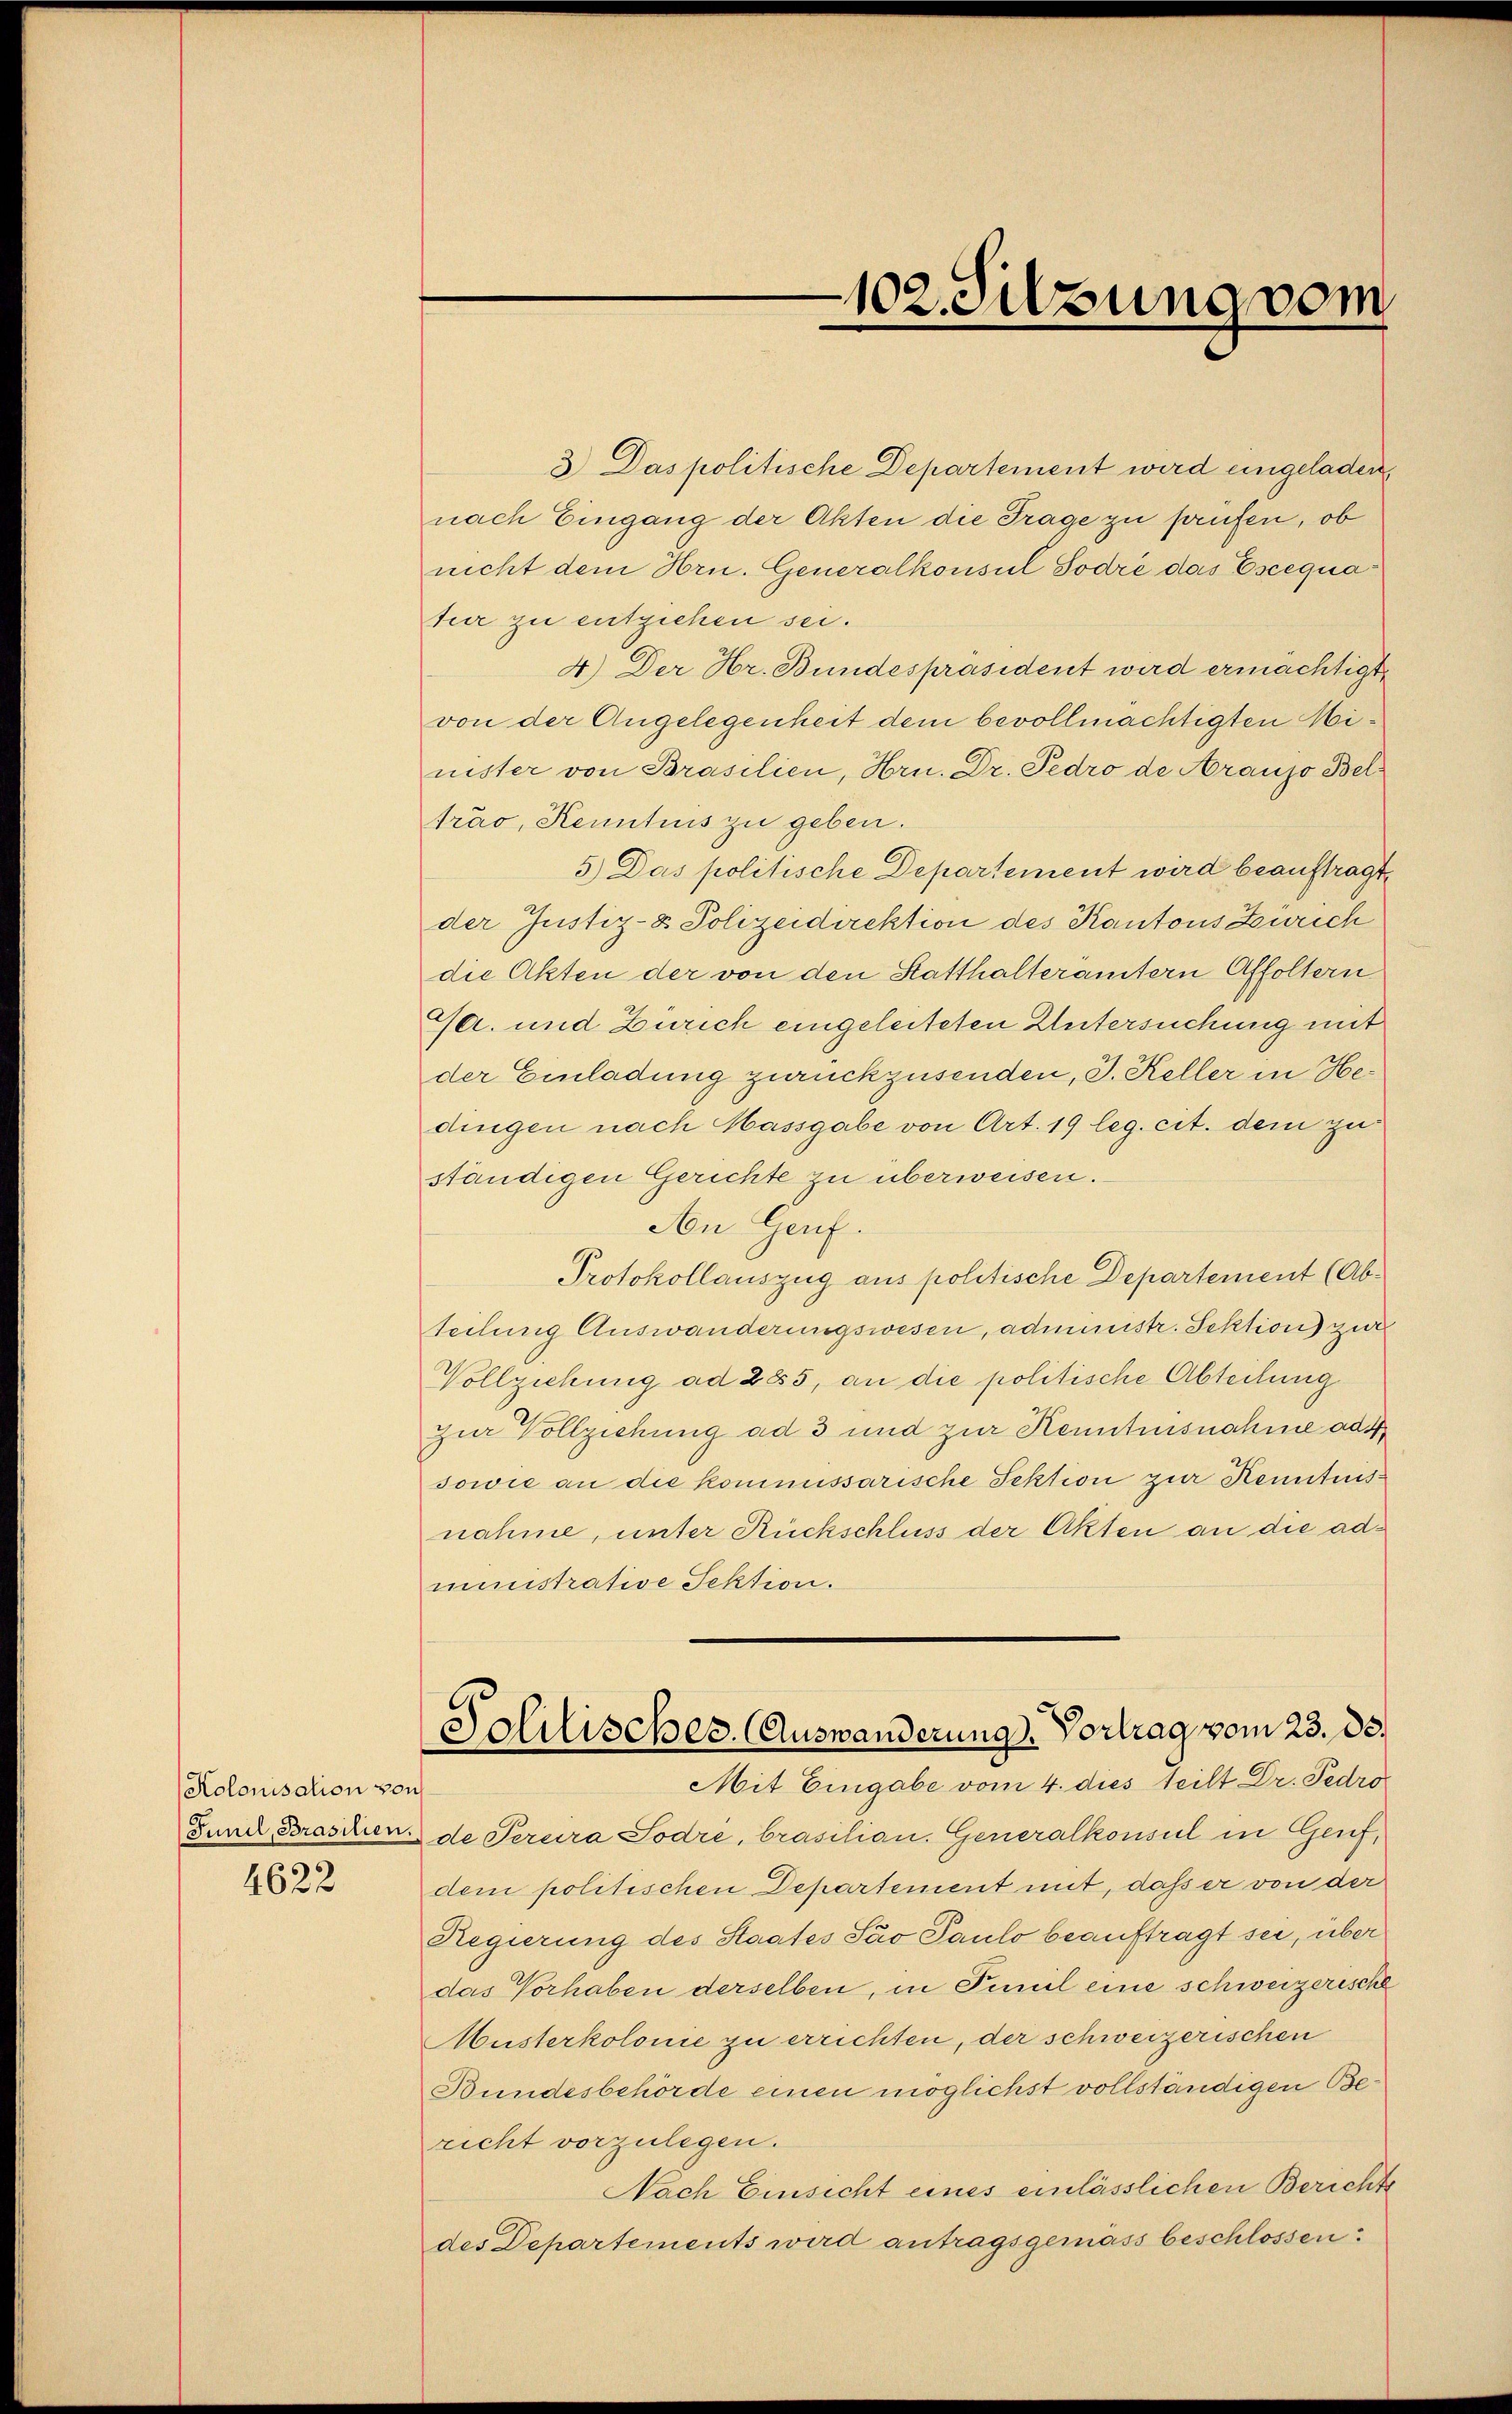
Kolonisation von
4622

102. Silzung vom

3.) Das politische Departement wird eingeladen
nach Eingang der Akten die Frage zu prüfen, ob
nicht dem Hrn. Generalkonsul Sodre das Escequatur zu entziehen sei.
4.) Der Hr. Bundespräsident wird ermächtigt
von der Angelegenheit dem bevollmächtigten Minister von Brasilien, Hrn. Dr. Pedro de Araujo Beltrao, Kenntnis zu geben.
5.) Das politische Departement wird beauftragt,
der Justiz- & Polizeidirektion des Kantons Zürich
die Akten der von den Statthalterämtern Affoltern
Ga. und Zürich eingeleiteten Untersuchung mit
der Einladung zurückzusenden, J. Keller in Hedingen nach Massgabe von Art. 19 leg. cit. dem zu
ständigen Gerichte zu überweisen.
An Genf.
Protokollauszug aus politische Departement (Ab-
teilung Auswanderungswesen, administr. Sektion zur
Vollziehung ad 285, an die politische Abteilung
zur Vollziehung ad 3 und zur Kenntnisnahme ad 4
sowie an die kommissarische Sektion zur Kenntnisnahme, unter Rückschluss der Akten an die administrative Sektion.
Solitisches. Auswanderung. Vortrag vom 23. ds.
Mit Eingabe vom 4. dies teilt Dr. Pedro
Fund, Brasilier de Peruira Sodré, brasilian. Generalkonsul in Genf,
dem politischen Departement mit, daß er von der
Regierung des Staates Sav Paulo beauftragt sei, über
das Vorhaben derselben, in Teil eine schweizerische
Musterkolonie zu errichten, der schweizerischen
Bundesbehörde einen möglichst vollständigen Bericht vorzulegen.
Nach Einsicht eines einlässlichen Berichte
des Departements wird antragsgemäss beschlossen: